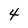
Character: 4